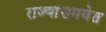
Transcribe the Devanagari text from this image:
राज्यांसमवेत